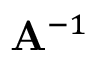
\mathbf { A } ^ { - 1 }